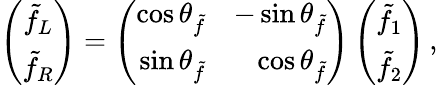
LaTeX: \left(\begin{array}{c}{{\tilde{f}_{L}}}\\ {{\tilde{f}_{R}}}\end{array}\right)=\left(\begin{array}{rr}{{\cos\theta_{\tilde{f}}}}&{{-\sin\theta_{\tilde{f}}}}\\ {{\sin\theta_{\tilde{f}}}}&{{\cos\theta_{\tilde{f}}}}\end{array}\right)\left(\begin{array}{c}{{\tilde{f}_{1}}}\\ {{\tilde{f}_{2}}}\end{array}\right)\, ,